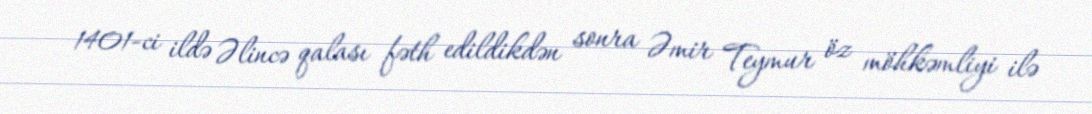
1401-ci ildə Əlincə qalası fəth edildikdən sonra Əmir Teymur öz möhkəmliyi ilə